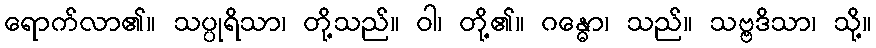
ရောက်လာ၏။ သပ္ပုရိသာ၊ တို့သည်။ ဝါ၊ တို့၏။ ဂန္ဓော၊ သည်။ သဗ္ဗဒိသာ၊ သို့။